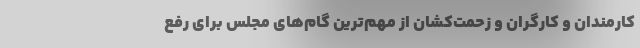
کارمندان و کارگران و زحمت‌کشان از مهم‌ترین گام‌های مجلس برای رفع